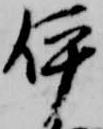
伊